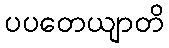
ပပတေယျာတိ